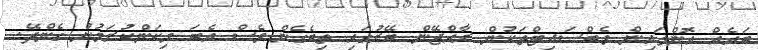
ބައެއް އޮންލައިން ވެބްސައިޓްތަކުން ރާއްޖޭން ބޭރުގައި ތިބެގެން ވެސް އެބަ މިކަންކުރަމުން ގެންދޭ.